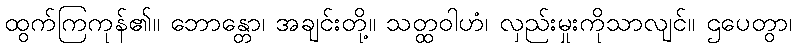
ထွက်ကြကုန်၏။ ဘောန္တော၊ အချင်းတို့။ သတ္ထဝါဟံ၊ လှည်းမှုးကိုသာလျင်။ ဌပေတွာ၊